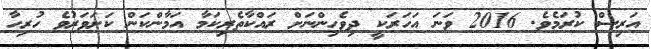
އަރިސް ކުރަމެވެ. 2016 ވަނަ އަހަރަކީ ދިވެހިންނަށް ރައްކާތެރިކަމާ އަމާންކަން ކަށަވަރުވެ ހުރިހާ